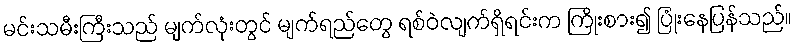
မင်းသမီးကြီးသည် မျက်လုံးတွင် မျက်ရည်တွေ ရစ်ဝဲလျက်ရှိရင်းက ကြိုးစား၍ ပြုံးနေပြန်သည်။